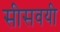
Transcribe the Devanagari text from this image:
सीसवयी